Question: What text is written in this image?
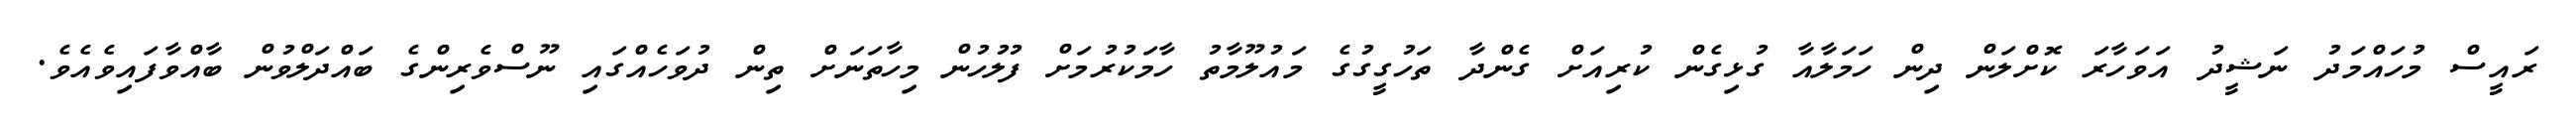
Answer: ރައީސް މުހައްމަދު ނަޝީދު އަވަހާރަ ކޮށްލަން ދިން ހަމަލާއާ ގުޅިގެން ކުރިއަށް ގެންދާ ތަހުގީގުގެ މައުލޫމާތު ހާމަކުރުމަށް ފުލުހުން މިހާތަނަށް ތިން ދުވަހެއްގައި ނޫސްވެރިންގެ ބައްދަލްވުން ބާއްވާފައިވެއެވެ.